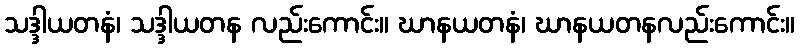
သဒ္ဒါယတနံ၊ သဒ္ဒါယတန လည်းကောင်း။ ဃာနယတနံ၊ ဃာနယတနလည်းကောင်း။